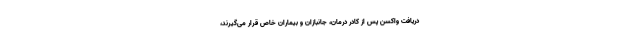
دریافت واکسن پس از کادر درمان، جانبازان و بیماران خاص قرار می‌گیرند،